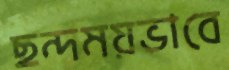
ছন্দময়ভাবে